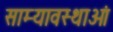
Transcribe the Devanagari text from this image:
साम्यावस्थाओं